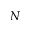
N